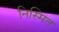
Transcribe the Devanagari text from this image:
निस्मित